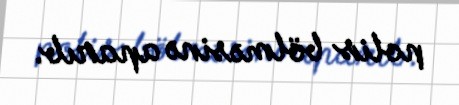
polis bölməsinə aparıb.